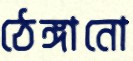
ঠেঙ্গানো